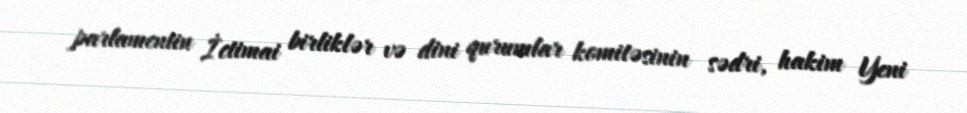
parlamentin İctimai birliklər və dini qurumlar komitəsinin sədri, hakim Yeni